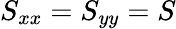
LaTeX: S_{xx}=S_{yy}=S